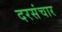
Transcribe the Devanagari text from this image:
दरसंचार